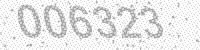
Solution: 006323